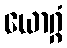
ယောဂ္ဂံ